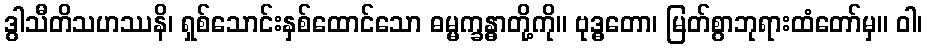
ဒွါသီတိသဟဿနိ၊ ရှစ်သောင်းနှစ်ထောင်သော ဓမ္မက္ခန္ဓာတို့ကို။ ဗုဒ္ဓတော၊ မြတ်စွာဘုရားထံတော်မှ။ ဝါ၊